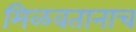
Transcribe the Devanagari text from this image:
मिळवतानाच